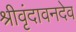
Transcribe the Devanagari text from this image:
श्रीवृंदावनदेव